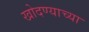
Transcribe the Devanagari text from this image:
खोदण्याच्या